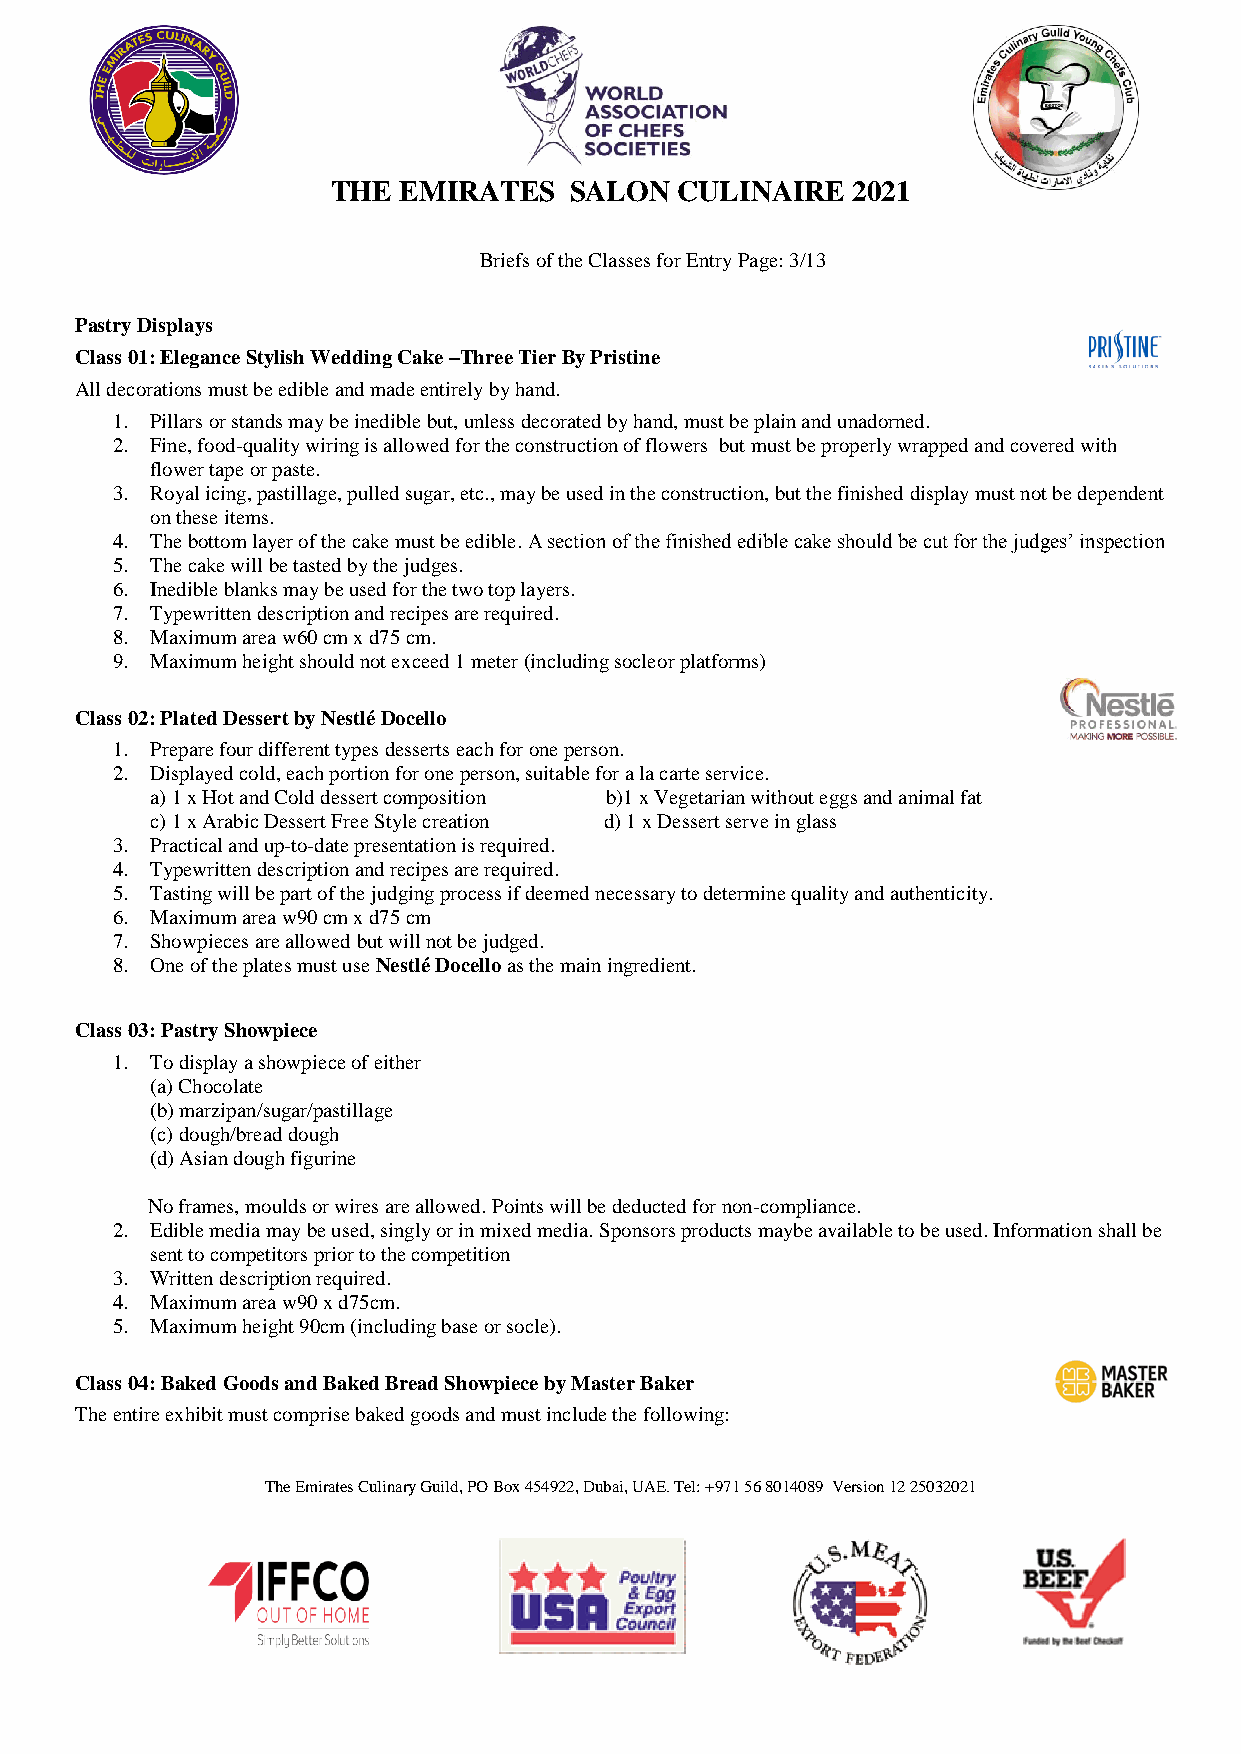
THE EMIRATES    SALON  CULINAIRE  2021
 Briefs of the Classes for Entry Page: 3/13
 Pastry Displays
 Class 01: Elegance Stylish Wedding Cake –Three Tier By Pristine
 All decorations must be edible and made entirely by hand.
 1. Pillars or stands may be inedible but, unless decorated by hand, must be plain and unadorned.
 2. Fine, food-quality wiring is allowed for the construction of flowers but must be properly wrapped and covered with
 flower tape or paste.
 3. Royal icing, pastillage, pulled sugar, etc., may be used in the construction, but the finished display must not be dependent
 on these items.
 4. The bottom layer of the cake must be edible. A section of the finished edible cake should be cut for the judges’ inspection
 5. The cake will be tasted by the judges.
 6. Inedible blanks may be used for the two top layers.
 7. Typewritten description and recipes are required.
 8. Maximum area w60 cm x d75 cm.
 9. Maximum height should not exceed 1 meter (including socleor platforms)
 Class 02: Plated Dessert by Nestlé Docello
 1. Prepare four different types desserts each for one person.
 2. Displayed cold, each portion for one person, suitable for a la carte service.
 a) 1 x Hot and Cold dessert composition b)1 x Vegetarian without eggs and animal fat
 c) 1 x Arabic Dessert Free Style creation d) 1 x Dessert serve in glass
 3. Practical and up-to-date presentation is required.
 4. Typewritten description and recipes are required.
 5. Tasting will be part of the judging process if deemed necessary to determine quality and authenticity.
 6. Maximum area w90 cm x d75 cm
 7. Showpieces are allowed but will not be judged.
 8. One of the plates must use Nestlé Docello as the main ingredient.
 Class 03: Pastry Showpiece
 1. To display a showpiece of either
 (a) Chocolate
 (b) marzipan/sugar/pastillage
 (c) dough/bread dough
 (d) Asian dough figurine
 No frames, moulds or wires are allowed. Points will be deducted for non-compliance.
 2. Edible media may be used, singly or in mixed media. Sponsors products maybe available to be used. Information shall be
 sent to competitors prior to the competition
 3. Written description required.
 4. Maximum area w90 x d75cm.
 5. Maximum height 90cm (including base or socle).
 Class 04: Baked Goods and Baked Bread Showpiece by Master Baker
 The entire exhibit must comprise baked goods and must include the following:
 The Emirates Culinary Guild, PO Box 454922, Dubai, UAE. Tel: +971 56 8014089 Version 12 25032021